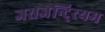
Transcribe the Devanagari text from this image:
जसजेन्टि्रयम